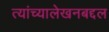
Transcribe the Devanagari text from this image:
त्यांच्यालेखनबद्दल